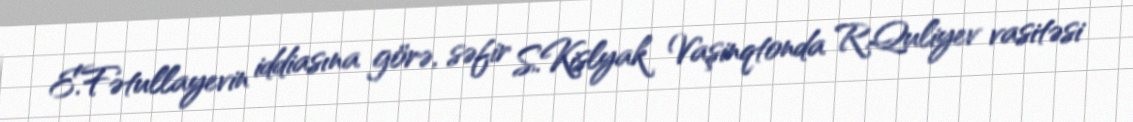
E.Fətullayevin iddiasına görə, səfir S.Kislyak Vaşinqtonda R.Quliyev vasitəsi